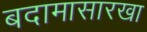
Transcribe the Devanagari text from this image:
बदामासारखा